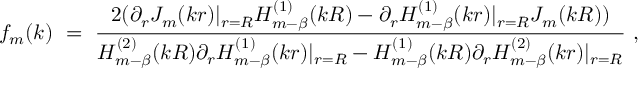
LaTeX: f _ { m } ( k ) \ = \ \frac { 2 ( \partial _ { r } J _ { m } ( k r ) | _ { r = R } H _ { m - \beta } ^ { ( 1 ) } ( k R ) - \partial _ { r } H _ { m - \beta } ^ { ( 1 ) } ( k r ) | _ { r = R } J _ { m } ( k R ) ) } { H _ { m - \beta } ^ { ( 2 ) } ( k R ) \partial _ { r } H _ { m - \beta } ^ { ( 1 ) } ( k r ) | _ { r = R } - H _ { m - \beta } ^ { ( 1 ) } ( k R ) \partial _ { r } H _ { m - \beta } ^ { ( 2 ) } ( k r ) | _ { r = R } } \ ,